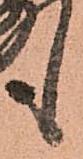
も